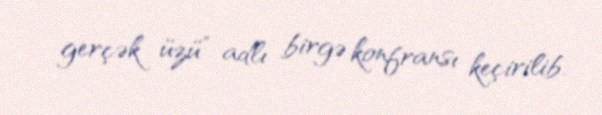
gerçək üzü” adlı birgə konfransı keçirilib.